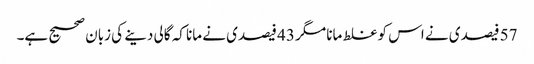
57 فیصدی نے اس کو غلط مانا مگر 43 فیصدی نے مانا کہ گالی دینے کی زبان صحیح ہے۔